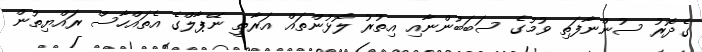
ގެދޮރު ސުންނާފަތި ވުމުގެ ސަބަބުންނާއި އިތުރު ލޮޅުންތައް އަރާތީ ނޭޕާލްގެ އެތައްހާސް ރައްޔިތުން